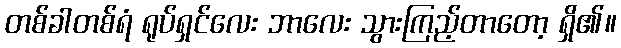
တစ်ခါတစ်ရံ ရုပ်ရှင်လေး ဘာလေး သွားကြည့်တာတော့ ရှိ၏။